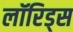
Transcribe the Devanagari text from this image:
लॉरिड्स